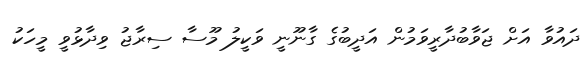
ދައުވާ އަށް ޖަވާބުދާރީވަމުން އަދީބުގެ ގާނޫނީ ވަކީލު މޫސާ ސިރާޖު ވިދާޅުވީ މީހަކު